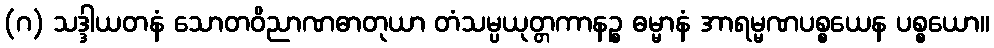
(ဂ) သဒ္ဒါယတနံ သောတဝိညာဏဓာတုယာ တံသမ္ပယုတ္တကာနဉ္စ ဓမ္မာနံ အာရမ္မဏပစ္စယေန ပစ္စယော။